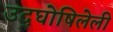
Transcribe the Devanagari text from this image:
उद्‌घोषिलेली